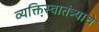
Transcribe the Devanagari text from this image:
व्यक्तिस्वातंत्र्याचे